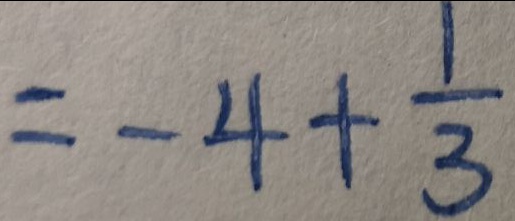
= - 4 + \frac { 1 } { 3 }